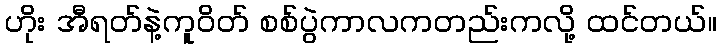
ဟိုး အီရတ်နဲ့ကူဝိတ် စစ်ပွဲကာလကတည်းကလို့ ထင်တယ်။